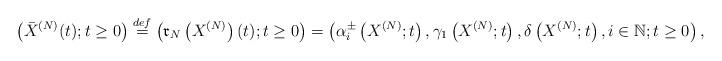
LaTeX: \begin{align*}\left(\bar{X}^{(N)}(t);t \ge 0\right)\overset{def}{=}\left(\mathfrak{r}_N\left(X^{(N)}\right)(t);t \ge 0\right)=\left(\alpha_i^{\pm}\left(X^{(N)};t\right),\gamma_1\left(X^{(N)};t\right),\delta\left(X^{(N)};t\right), i\in \mathbb{N};t\ge 0\right),\end{align*}